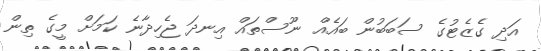
އަދި ގެޒެޓުގެ ސަބަބުން ބައެއް ނޫސްތައް އިނދަ ޖެހިދާނެ ކަމަށް މީގެ ތިން